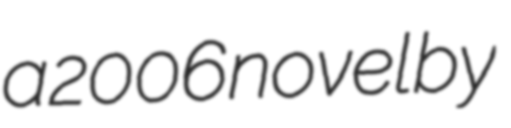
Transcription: a 2006 novel by